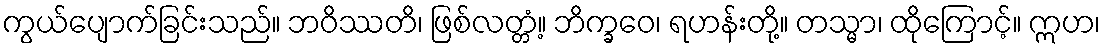
ကွယ်ပျောက်ခြင်းသည်။ ဘဝိဿတိ၊ ဖြစ်လတ္တံ့။ ဘိက္ခဝေ၊ ရဟန်းတို့။ တသ္မာ၊ ထိုကြောင့်။ ဣဟ၊